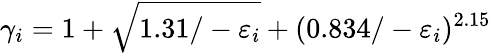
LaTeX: \gamma_{i}=1+\sqrt{1.31/-\varepsilon_{i}}+(0.834/-\varepsilon_{i})^{2.15}